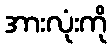
အားလုံးကို